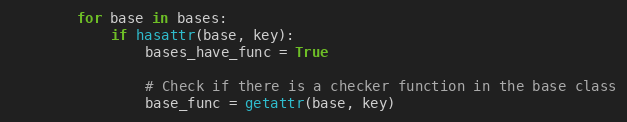
Language: Python
        for base in bases:
            if hasattr(base, key):
                bases_have_func = True

                # Check if there is a checker function in the base class
                base_func = getattr(base, key)